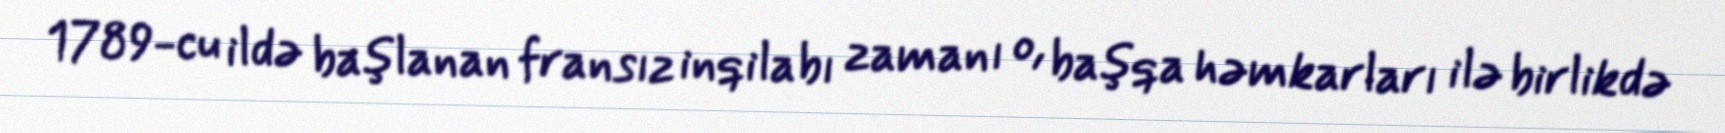
1789-cu ildə başlanan fransız inqilabı zamanı o, başqa həmkarları ilə birlikdə